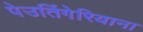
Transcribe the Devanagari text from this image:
पेउतिंगेरियाना